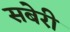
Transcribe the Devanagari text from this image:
सबेरी